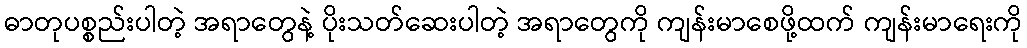
ဓာတုပစ္စည်းပါတဲ့ အရာတွေနဲ့ ပိုးသတ်ဆေးပါတဲ့ အရာတွေကို ကျန်းမာစေဖို့ထက် ကျန်းမာရေးကို